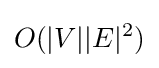
O(|V||E|^{2})